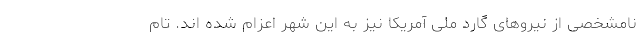
نامشخصی از نیروهای گارد ملی آمریکا نیز به این شهر اعزام شده اند. تام